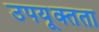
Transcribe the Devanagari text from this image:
उपयूक्तता